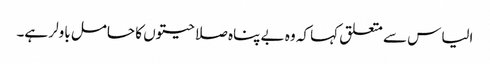
الیاس سے متعلق کہا کہ وہ بے پناہ صلاحیتوں کا حامل باولر ہے۔